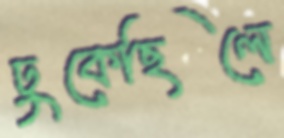
ঢুকেছিলে